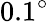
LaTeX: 0.1^{\circ}